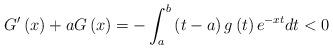
LaTeX: \begin{align*}G^{\prime }\left( x\right) +aG\left( x\right) =-\int_{a}^{b}\left(t-a\right) g\left( t\right) e^{-xt}dt<0 \end{align*}